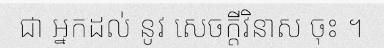
ជា អ្នកដល់ នូវ សេចក្តីវិនាស ចុះ ។